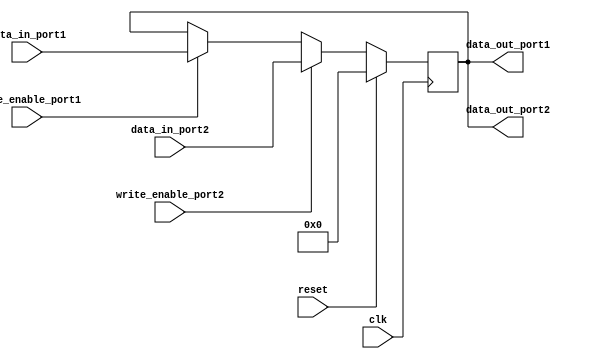
module Dual_port_Bypass_Register (
    input wire clk,
    input wire reset,
    input wire [DATA_WIDTH-1:0] data_in_port1,
    input wire [DATA_WIDTH-1:0] data_in_port2,
    input wire write_enable_port1,
    input wire write_enable_port2,
    output reg [DATA_WIDTH-1:0] data_out_port1,
    output reg [DATA_WIDTH-1:0] data_out_port2
);

parameter DATA_WIDTH = 8;
reg [DATA_WIDTH-1:0] register_data;

always @(posedge clk) begin
    if (reset) begin
        register_data <= 0;
    end else begin
        if (write_enable_port1) begin
            register_data <= data_in_port1;
        end 
        if (write_enable_port2) begin
            register_data <= data_in_port2;
        end
    end
end

assign data_out_port1 = register_data;
assign data_out_port2 = register_data;

endmodule